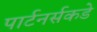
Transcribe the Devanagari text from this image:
पार्टनर्सकडे